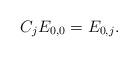
LaTeX: \begin{align*}C_j E_{0,0}=E_{0,j}.\end{align*}